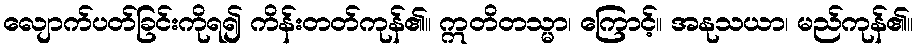
လျောက်ပတ်ခြင်းကိုရ၍ ကိန်းတတ်ကုန်၏။ ဣတိတသ္မာ၊ ကြောင့်။ အနုသယာ၊ မည်ကုန်၏။